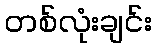
တစ်လုံးချင်း